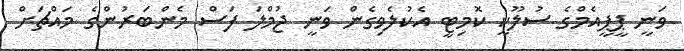
ވަނީ ޕީޕީއެމްގެ ސުލޫކީ ކޮމިޓީ އެކުލެވިގެން ވަނީ ޖުމްލަ ފަސް މެންބަރުންގެ މައްޗަށް